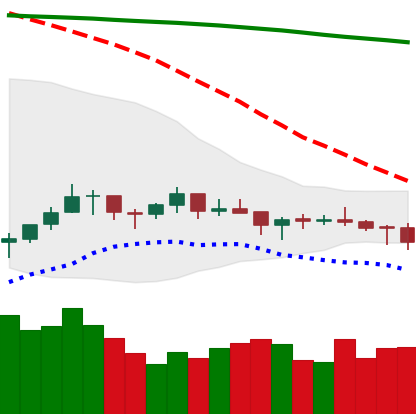
Ticker: LTC-USD
Chart end date: 2021-07-15
Forward return: -14.417%
Label: down_7plus